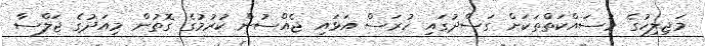
މަޖިލިހުގެ މަސައްކަތްތަކަށް ގަސްދުގައި ހުރަސް އަޅައި ޖެއްސުން ކުރުމުގެ ގޮތުން މިއަދުގެ ޖަލްސާ